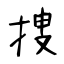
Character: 捜